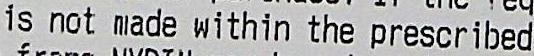
IS NOT MADE WITHIN THE PRESCRIBED